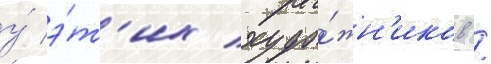
у́ э́т'их худо́жн'иков /